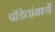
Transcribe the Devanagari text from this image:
पंडितांमध्यें